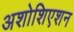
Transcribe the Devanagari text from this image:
अशोशिएशन